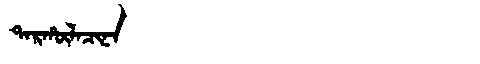
Manchu: ᡨᠠᡵᡥᡡᠯᠠᠴᡳᠨᠠ
Romanization: TARHŪLACINA